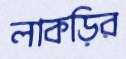
লাকড়ির